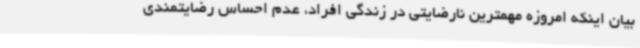
بیان اینکه امروزه مهمترین نارضایتی در زندگی افراد، عدم احساس رضایتمندی